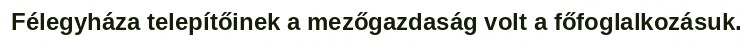
Félegyháza telepítőinek a mezőgazdaság volt a főfoglalkozásuk.